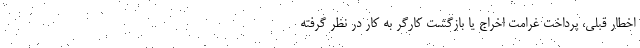
اخطار قبلی، پرداخت غرامت اخراج یا بازگشت کارگر به کار در نظر گرفته